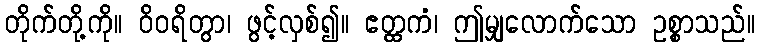
တိုက်တို့ကို။ ဝိဝရိတွာ၊ ဖွင့်လှစ်၍။ ဧတ္ထကံ၊ ဤမျှလောက်သော ဥစ္စာသည်။